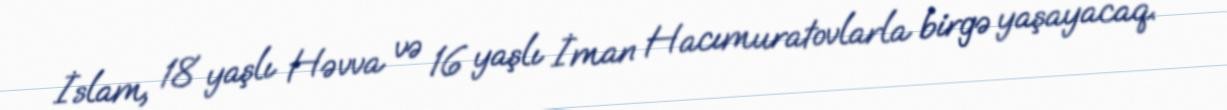
İslam, 18 yaşlı Həvva və 16 yaşlı İman Hacımuratovlarla birgə yaşayacaq.